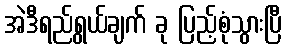
အဲဒီရည်ရွယ်ချက် ခု ပြည့်စုံသွားပြီ